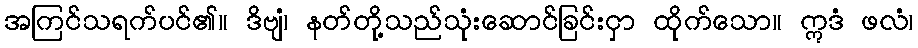
အကြင်သရက်ပင်၏။ ဒိဗျံ၊ နတ်တို့သည်သုံးဆောင်ခြင်းငှာ ထိုက်သော။ ဣဒံ ဖလံ၊